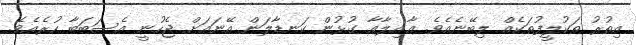
އިތުރު ތަކުލީފުތަކެއް ލިބޭނެއެވެ. ޢާއިލާއާ ގުޅުން ކަނޑާލަން އޭނައަށް ޖެހުނީ އެސަބަބާ ހުރެއެވެ.